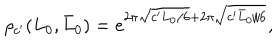
\rho _ { c ^ { \prime } } ( L _ { 0 } , \bar { L } _ { 0 } ) = e ^ { 2 \pi \sqrt { c ^ { \prime } L _ { 0 } / 6 } + 2 \pi \sqrt { c ^ { \prime } \bar { L } _ { 0 } / 6 } } ,